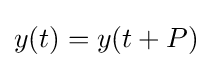
y(t)=y(t+P)